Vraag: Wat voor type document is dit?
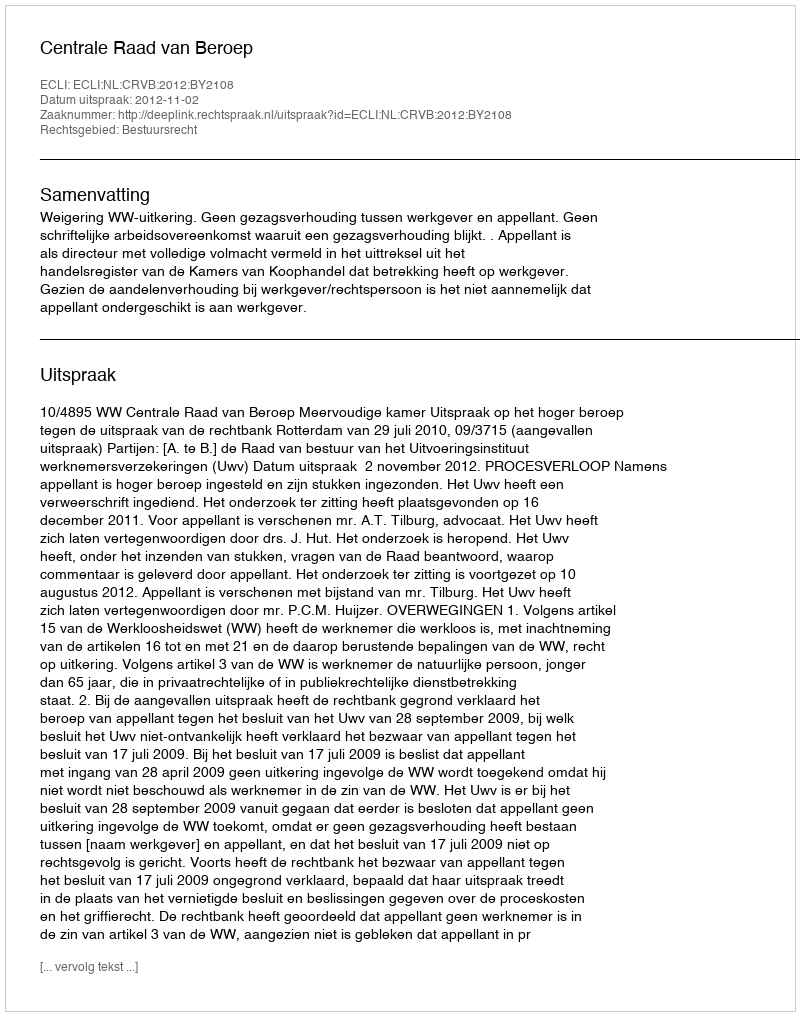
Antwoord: Uitspraak